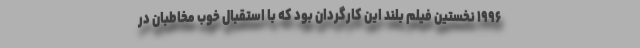
۱۹۹۶ نخستین فیلم بلند این کارگردان بود که با استقبال خوب مخاطبان در